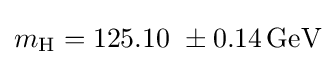
m_{\text{H}}=125.10\ \pm 0.14\,{\text{GeV}}